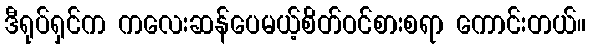
ဒီရုပ်ရှင်က ကလေးဆန်ပေမယ့်စိတ်ဝင်စားစရာ ကောင်းတယ်။